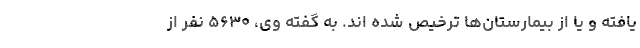
یافته و یا از بیمارستان‌ها ترخیص شده اند. به گفته وی، ۵۶۳۰ نفر از